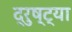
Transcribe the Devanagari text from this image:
द्रुष्ट्या